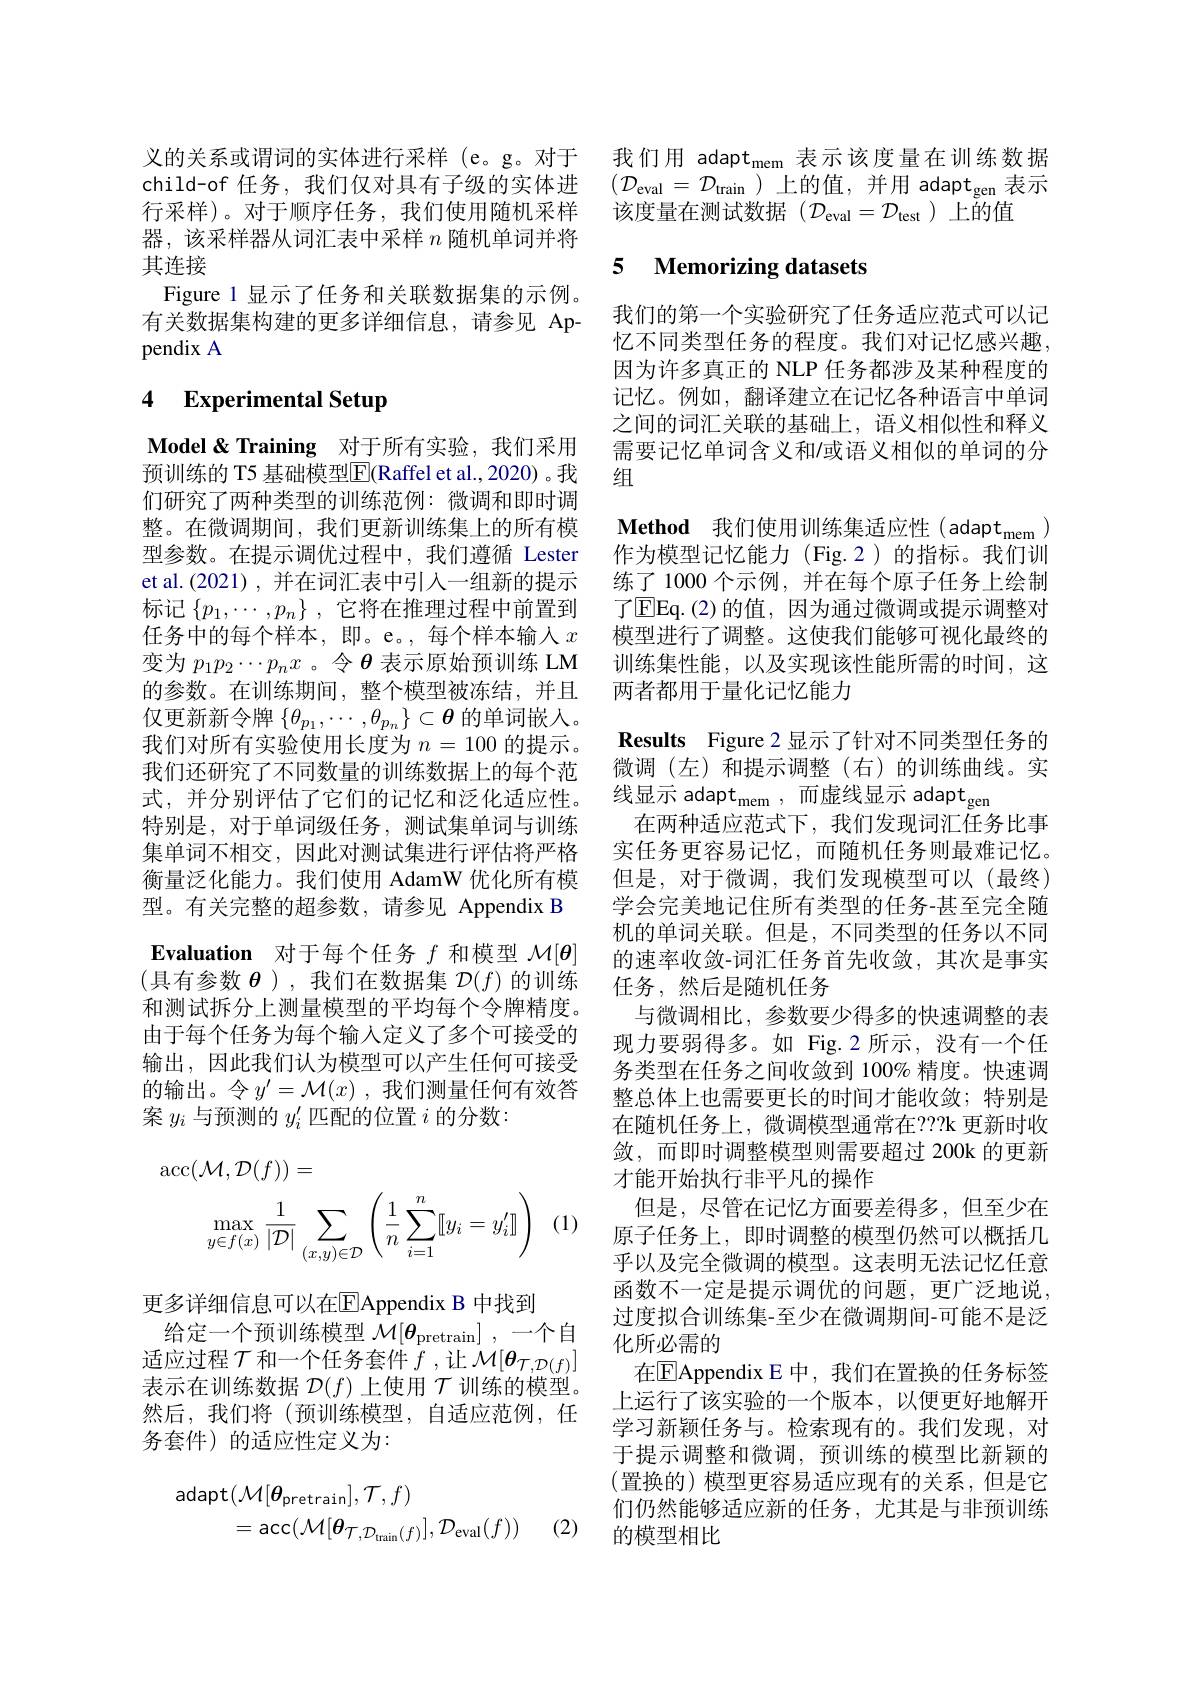
义的关系或谓词的实体进行采样 (e。g。对于child-of 任务，我们仅对具有子级的实体进行采样)。对于顺序任务，我们使用随机采样器，该采样器从词汇表中采样$n$随机单词并将其连接
Figure 1 显示了任务和关联数据集的示例。有关数据集构建的更多详细信息，请参见 Appendix A

# 4 Experimental Setup

Model& Training 对于所有实验，我们采用预训练的 T5 基础模型E$( Raffel et al. , 2020)$。我们研究了两种类型的训练范例：微调和即时调整。在微调期间，我们更新训练集上的所有模型参数。在提示调优过程中，我们遵循 Lester et al.(2021),并在词汇表中引入一组新的提示标记$\{ p_1, \cdots , p_n\}$ ,它将在推理过程中前置到任务中的每个样本，即。e。,每个样本输入$x$ 变为$p_1p_2\cdots p_nx$ 。令$\theta$表示原始预训练 LM 的参数。在训练期间，整个模型被冻结，并且仅更新新令牌$\{\theta_{p_1},\cdots,\theta_{p_n}\}\subset\boldsymbol{\theta}$的单词嵌入。我们对所有实验使用长度为$n=100$的提示。我们还研究了不同数量的训练数据上的每个范式，并分别评估了它们的记忆和泛化适应性。线显示 adapt$_\mathrm{mem}$,而虚线显示 adapt$_\mathrm{gen}$
特别是，对于单词级任务，测试集单词与训练集单词不相交，因此对测试集进行评估将严格衡量泛化能力。我们使用 AdamW 优化所有模型。有关完整的超参数，请参见 Appendix B Evaluation 对于每个任务$f$和模型$\mathcal{M}[\boldsymbol{\theta}]$ (具有参数$\boldsymbol\theta$ ),我们在数据集$\mathcal{D}(f)$的训练和测试拆分上测量模型的平均每个令牌精度。由于每个任务为每个输人定义了多个可接受的输出，因此我们认为模型可以产生任何可接受的输出。令$y^\prime=\mathcal{M}(x)$,我们测量任何有效答案$y_i$与预测的$y_i^\prime$匹配的位置$i$的分数：
$$\begin{aligned}\operatorname{acc}(\mathcal{M},\mathcal{D}(f))&=\\\max_{y\in f(x)}\frac{1}{|\mathcal{D}|}\sum_{(x,y)\in\mathcal{D}}\left(\frac{1}{n}\sum_{i=1}^{n}[[y_{i}=y_{i}^{\prime}]]\right)\end{aligned}$$
(1)

更多详细信息可以在$\overline{\mathrm{E}}$Appendix B 中找到
给定一个预训练模型$\mathcal{M} [ \theta _\mathrm{pretrain}]$ ,一个自适应过程$\mathcal{T}$和一个任务套件$f$ ,让$\mathcal{M}[\boldsymbol{\theta}_{\mathcal{T},\mathcal{D}(f)}]$ 表示在训练数据$\mathcal{D}(f)$上使用$\mathcal{T}$训练的模型。然后，我们将(预训练模型，自适应范例，任务套件)的适应性定义为：
$$\begin{aligned}\text{adapt}(\mathcal{M}[\boldsymbol{\theta}_{\text{pretrain}}],\mathcal{T},f)\\&=\operatorname{acc}(\mathcal{M}[\boldsymbol{\theta}_{\mathcal{T},\mathcal{D}_{\mathrm{train}}(f)}],\mathcal{D}_{\mathrm{eval}}(f))\end{aligned}$$
(2)

我们用 adaptm$em $表示该度量在训练数据$(\mathcal{D}_{\mathrm{eval}}=\mathcal{D}_{\mathrm{train}}$)上的值，并用 adapt$_\mathrm{gen}$表示该度量在测试数据($\mathcal{D}_\mathrm{eval}=\mathcal{D}_\mathrm{test}$)上的值

### 5 $\textbf{Memorizing datasets}$

我们的第一个实验研究了任务适应范式可以记忆不同类型任务的程度。我们对记忆感兴趣， 因为许多真正的 NLP 任务都涉及某种程度的记忆。例如，翻译建立在记忆各种语言中单词之间的词汇关联的基础上，语义相似性和释义需要记忆单词含义和/或语义相似的单词的分组
Method 我们使用训练集适应性(adapt$_\mathrm{mem}$) 作为模型记忆能力(Fig.2)的指标。我们训练了 1000 个示例，并在每个原子任务上绘制了$\boxed{\mathrm{E}}$Eq.(2)的值，因为通过微调或提示调整对模型进行了调整。这使我们能够可视化最终的训练集性能，以及实现该性能所需的时间，这两者都用于量化记忆能力
Results Figure 2 显示了针对不同类型任务的微调(左)和提示调整(右)的训练曲线。实
在两种适应范式下，我们发现词汇任务比事实任务更容易记忆，而随机任务则最难记忆。但是，对于微调，我们发现模型可以(最终) 学会完美地记住所有类型的任务-甚至完全随机的单词关联。但是，不同类型的任务以不同的速率收敛-词汇任务首先收敛，其次是事实任务，然后是随机任务
与微调相比，参数要少得多的快速调整的表现力要弱得多。如 Fig.2 所示，没有一个任务类型在任务之间收敛到 100% 精度。快速调整总体上也需要更长的时间才能收敛；特别是在随机任务上，微调模型通常在？??k 更新时收敛，而即时调整模型则需要超过 200k 的更新才能开始执行非平凡的操作
但是，尽管在记忆方面要差得多，但至少在原子任务上，即时调整的模型仍然可以概括几乎以及完全微调的模型。这表明无法记忆任意函数不一定是提示调优的问题，更广泛地说， 过度拟合训练集-至少在微调期间-可能不是泛化所必需的
在$\overline{\mathrm{E}}$Appendix E 中，我们在置换的任务标签上运行了该实验的一个版本，以便更好地解开学习新颖任务与。检索现有的。我们发现，对于提示调整和微调，预训练的模型比新颖的(置换的)模型更容易适应现有的关系，但是它们仍然能够适应新的任务，尤其是与非预训练的模型相比